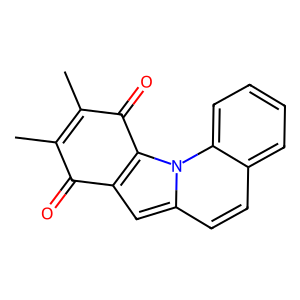
SMILES: CC1=C(C)C(=O)c2c(cc3ccc4ccccc4n23)C1=O
Inhibits HIV replication: No